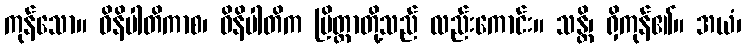
ကုန်သော။ ဝိနိပါတိကာစ၊ ဝိနိပါတိက ပြိတ္တာတို့သည် လည်းကောင်း။ သန္တိ၊ ရှိကုန်၏။ အယံ၊